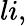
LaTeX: li,